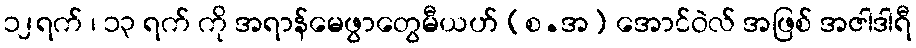
၁၂ရက် ၊ ၁၃ ရက် ကို အရာန်မေဖွာတွေမီယဟ် (စ.အ) အောင်ဝဲလ် အဖြစ် အဇါဒါရီ